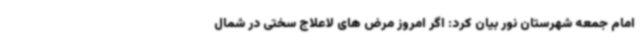
امام جمعه شهرستان نور بیان کرد: اگر امروز مرض های لاعلاج سختی در شمال